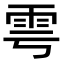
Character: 雩